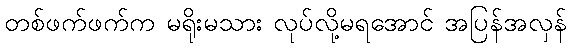
တစ်ဖက်ဖက်က မရိုးမသား လုပ်လို့မရအောင် အပြန်အလှန်